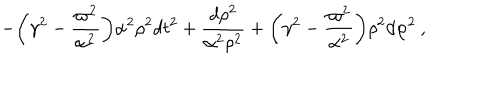
- { \biggl ( } \gamma ^ { 2 } - \frac { \varpi ^ { 2 } } { \alpha ^ { 2 } } { \biggr ) } \alpha ^ { 2 } \rho ^ { 2 } d t ^ { 2 } + \frac { d \rho ^ { 2 } } { \alpha ^ { 2 } \rho ^ { 2 } } + { \biggl ( } \gamma ^ { 2 } - \frac { \varpi ^ { 2 } } { \alpha ^ { 2 } } { \biggr ) } \rho ^ { 2 } d \varphi ^ { 2 } \: ,